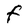
Character: F